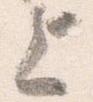
上